Civil Veterinary Dept. Assam report 1911-1927 - 1911-1927
Year: 1911
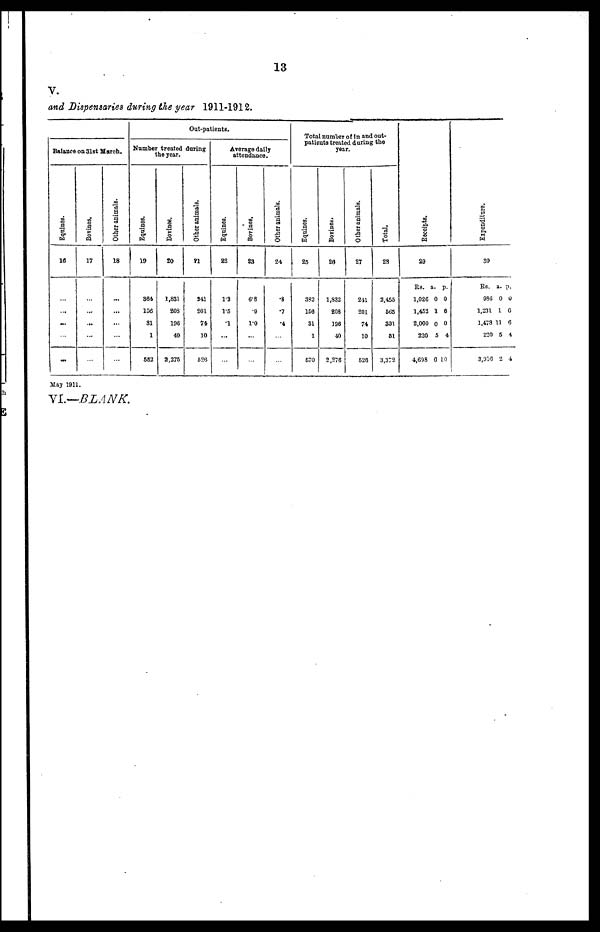
13
V.
and Dispensaries during the year 1911-1912.
Balance on 31st March.
Equines.
16
...
...
...
...
...
Bovines.
17
...
...
...
...
...
Other animals.
18
...
...
...
...
...
Out-patients.
Number treated daring
the year.
Equines.
19
364
156
31
1
662
Bovines.
20
1,831
80S
196
40
2375
Other animals.
21
941
801
74
10
526
Average daily
attendance.
Equines.
22
1.3
1.5
1
...
...
Bovines,
23
6'8
.9
1.0
...
...
Other animals.
24
.8
.7
.4
...
...
Total number of in and out-
patients treated during the
year.
Equines.
25
332
166
31
1
670
Bovines,
26
1,832
208
136
40
2,276
Other animals.
27
241
201
74
10
626
Total,
28
2,456
565
301
51
3,372
Receipts.
29
Rs. a. p.
1,026 0 0
1,452 1 6
2,000 0 0
220 5 4
4,698 0 10
Expenditure.
30
Rs. a. p.
936 0 0
1,231 1 0
1,478 11 6
220 5 4
3,916 2 4
May 1911.
VI. BLANK